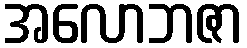
အလောဘဇာ